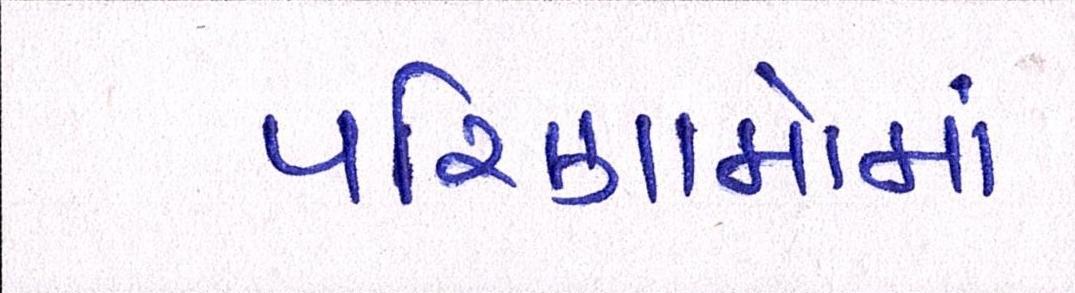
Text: પરિણામોમાં